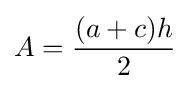
A={\frac {(a+c)h}{2}}\,\!